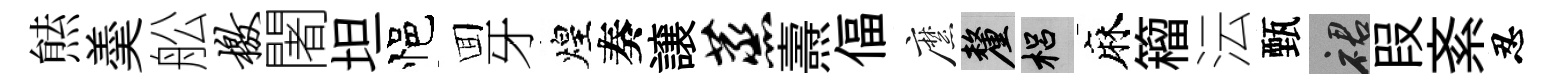
㷱羮舩檄闍坦悒囬牙煌奏譲蒸燾偪縻厘梠麻籕沄甄裙叚紊忍